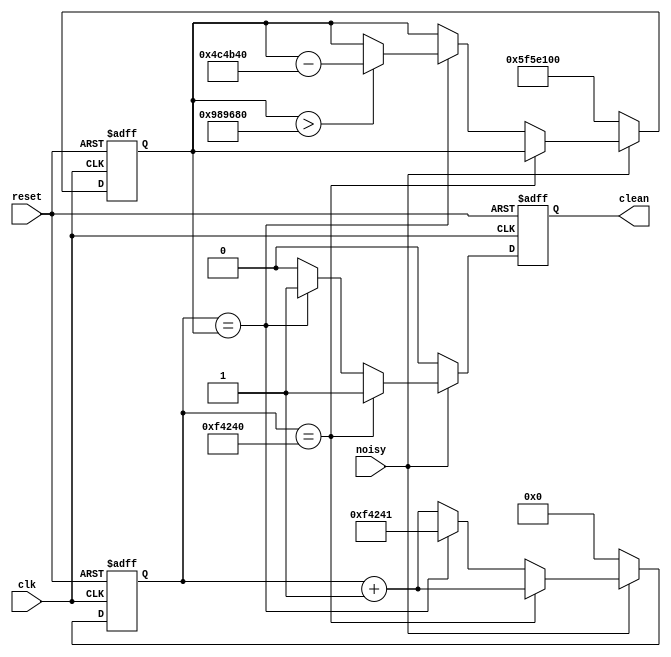
// Switch Debounce Module
// use your system clock for the clock input
// to produce a synchronous, debounced output
module debounce #(parameter DELAY=5000000)   // .01 sec with a 100 Mhz clock
	             (input reset, clk, noisy, output wire clean);
	             
   parameter LIMIT = 10000000;              
   reg [26:0]count_max;
   reg [26:0] count;
   reg new;

   always @ (posedge clk or posedge reset)
     if(reset == 1)
       begin
            count <= 27'd0;
            new <= 0;
            count_max <= 27'd100000000;
	   end
	 else 
	   begin
            if (!noisy)begin
                count = 27'd0;
                new = 0;
                count_max = 27'd100000000;
            end
            else begin
                new = 0;
                if (count == 27'd1000000)begin
                    new = 1;
                    count = count + 27'd1;
                end
                else if(count == count_max) begin
                    new = 1;
                    count = 27'd1000001;
                    if (count_max > LIMIT)begin
                        count_max = count_max - DELAY;
                    end
                end
                else begin
                    count = count + 27'd1;
                    new = 0;
                end
            end
	   end
      
       assign clean = new;
       
endmodule